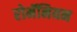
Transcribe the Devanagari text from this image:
रोमॅनियन